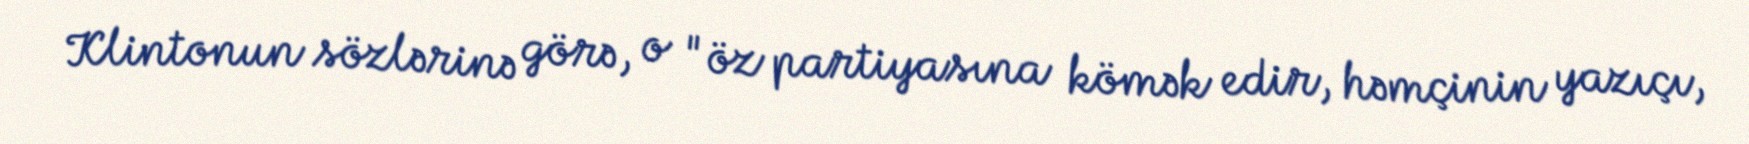
Klintonun sözlərinə görə, o "öz partiyasına kömək edir, həmçinin yazıçı,